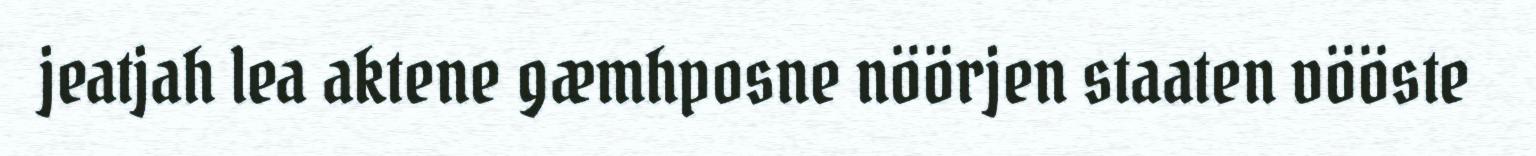
jeatjah lea aktene gæmhposne nöörjen staaten vööste